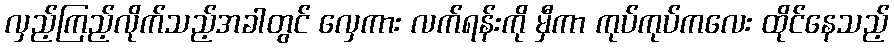
လှည့်ကြည့်လိုက်သည့်အခါတွင် လှေကား လက်ရန်းကို မှီကာ ကုပ်ကုပ်ကလေး ထိုင်နေသည့်